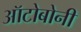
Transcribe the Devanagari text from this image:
ऑटोबोनी